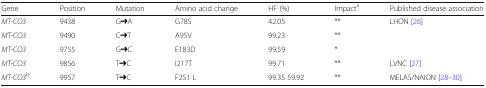
<table><thead><tr><td><b>Gene</b></td><td><b>Position</b></td><td><b>Mutation</b></td><td><b>Amino acid change</b></td><td><b>HF (%)</b></td><td><b>Impact<sup>a</sup></b></td><td><b>Published disease association</b></td></tr></thead><tbody><tr><td><i>MT-CO3</i></td><td>9438</td><td>G➔A</td><td>G78S</td><td>42.05</td><td>**</td><td>LHON [26]</td></tr><tr><td><i>MT-CO3</i></td><td>9490</td><td>C➔T</td><td>A95V</td><td>99.23</td><td>**</td><td></td></tr><tr><td><i>MT-CO3</i></td><td>9755</td><td>G➔C</td><td>E183D</td><td>99.59</td><td>*</td><td></td></tr><tr><td><i>MT-CO3</i></td><td>9856</td><td>T➔C</td><td>I217T</td><td>99.71</td><td>**</td><td>LVNC [27]</td></tr><tr><td><i>MT-CO3</i><sup>b</sup></td><td>9957</td><td>T➔C</td><td>F251 L</td><td>99.35 59.92</td><td>**</td><td>MELAS/NAION [28–30]</td></tr></tbody></table>